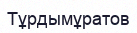
Тұрдымұратов